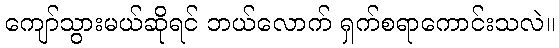
ကျော်သွားမယ်ဆိုရင် ဘယ်လောက် ရှက်စရာကောင်းသလဲ။